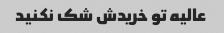
عالیه تو خریدش شک نکنید